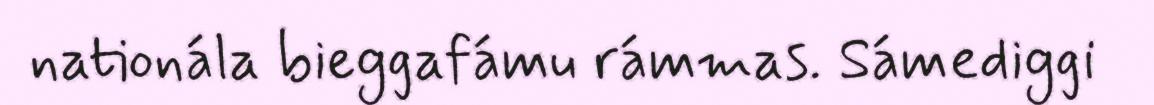
nationála bieggafámu rámmas. Sámediggi